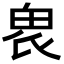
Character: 𤱮